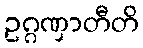
ဥဂ္ဂဏှာတီတိ